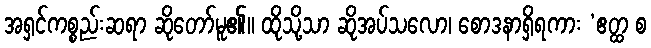
အရှင်ကစ္စည်းဆရာ ဆိုတော်မူ၏။ ထိုသို့သာ ဆိုအပ်သလော၊ စောဒနာရှိရကား ‘ဧတ္ထ စ